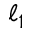
\ell _ { 1 }